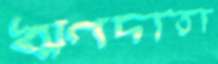
ঋণদাতা